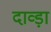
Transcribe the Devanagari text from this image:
दाव्ड़ा